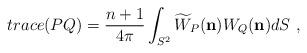
LaTeX: \begin{align*}trace(PQ)=\frac{n+1}{4\pi}\int_{S^{2}}\widetilde{W}_{P}(\mathbf{n}){W}_{Q}(\mathbf{n})dS\ ,\end{align*}